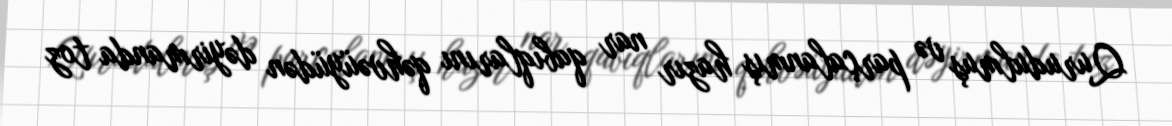
Qurudulmuş və parçalanmış hazır nar qabıqlarını qəhvəüyüdən dəyirmanda toz